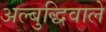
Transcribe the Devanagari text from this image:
अल्बुद्धिवाले